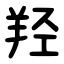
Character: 羟